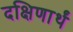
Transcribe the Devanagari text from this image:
दक्षिणार्थं